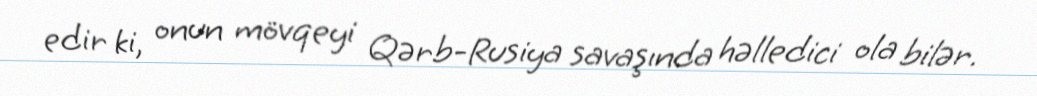
edir ki, onun mövqeyi Qərb-Rusiya savaşında həlledici ola bilər.